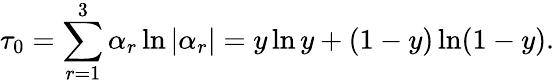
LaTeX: \tau_{0}=\sum_{r=1}^{3}\alpha_{r}\ln|\alpha_{r}|=y\ln y+(1-y)\ln(1-y).